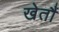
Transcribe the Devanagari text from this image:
खेतौं